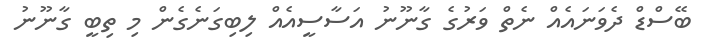
ބޭސްޑް ދެވަނައެއް ނެތް ވަރުގެ ގާނޫނު އަސާސީއެއް ލިބިގަނެގެން މި ތިބީ ގާނޫނު